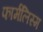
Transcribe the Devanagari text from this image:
फार्मलिस्म